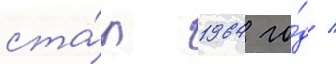
ста́л 1964 го́д /